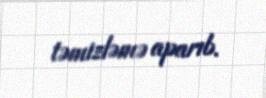
təmizləmə aparıb.